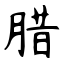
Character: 腊